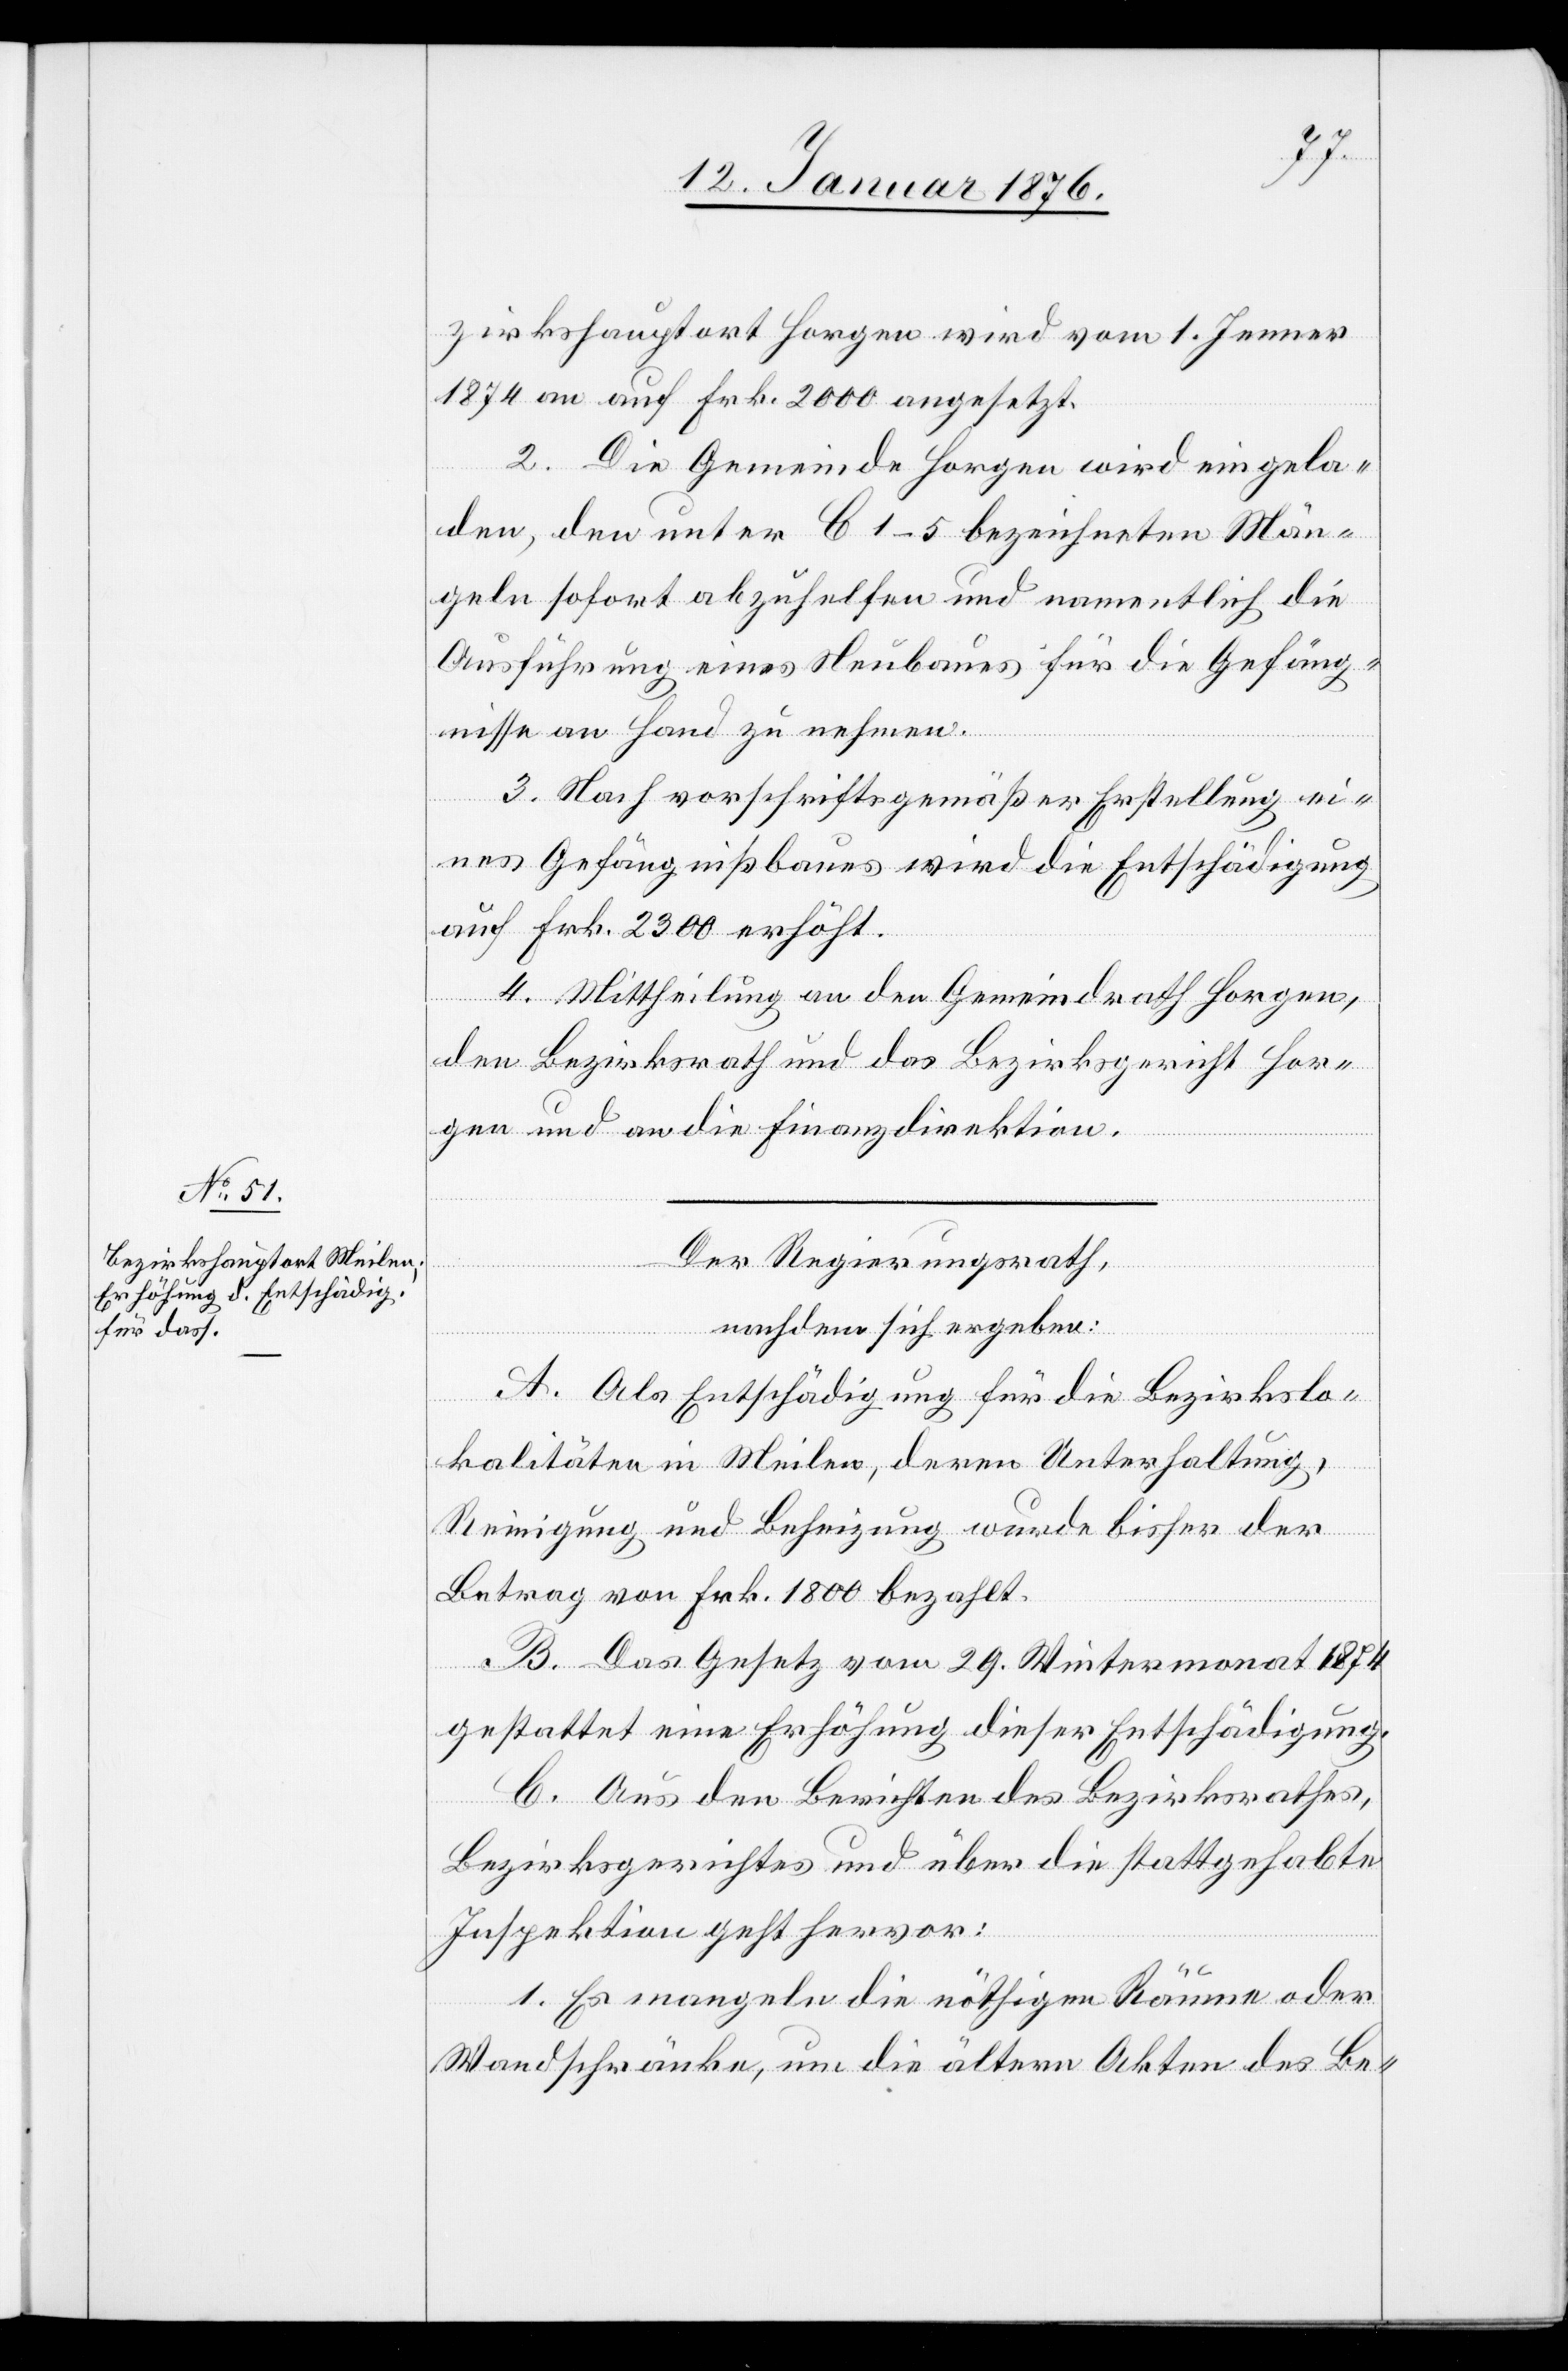
zirkshauptort Horgen wird vom 1. Jenner
1874 an auf Frk. 2000 angesetzt.
2. Die Gemeinde Horgen wird eingela¬
den, den unter B 1–5 bezeichneten Män¬
geln sofort abzuhelfen und namentlich die
Ausführung eines Neubaues für die Gefäng¬
nisse an Hand zu nehmen.
3. Nach vorschriftsgemäßer Erstellung ei¬
nes Gefängnißbaues wird die Entschädigung
auf Frk. 2300 erhöht.
4. Mittheilung an den Gemeindrath Horgen,
den Bezirksrath und das Bezirksgericht Hor¬
gen und an die Finanzdirektion.
Der Regierungsrath,
nachdem sich ergeben:
A. Als Entschädigung für die Bezirkslo¬
kalitäten in Meilen, deren Unterhaltung,
Reinigung und Beheizung wurde bisher der
Betrag von Frk. 1800 bezahlt.
B. Das Gesetz vom 29. Wintermonat 1874
gestattet eine Erhöhung dieser Entschädigung.
C. Aus den Berichten des Bezirksrathes,
Bezirksgerichtes und über die stattgehabte
Inspektion geht hervor:
1. Es mangeln die nöthigen Räume oder
Wandschränke, um die ältern Akten des Be-